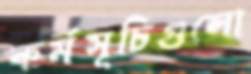
কর্মসূচিগুলো